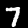
Label: 7